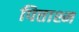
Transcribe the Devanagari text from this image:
पित्ताश्म